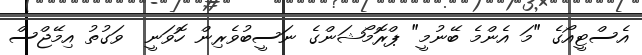
އެސްޓީއޯގެ "މަ އެންމެ ބޭނުމީ" ޕްރޮމޯޝަންގެ ނަސީބުވެރިން ހޮވަނީ  ވަގުތު އިމޭޖްސް